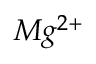
M g ^ { 2 + }